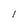
Character: l